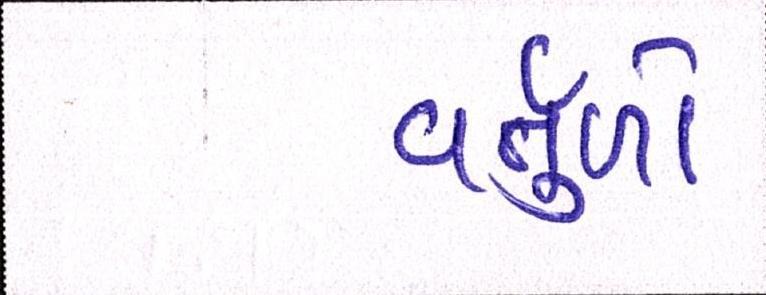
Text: વર્તુળો